Leaving Certificate Examination (including Day School Certificate (Higher) General paper), 1932
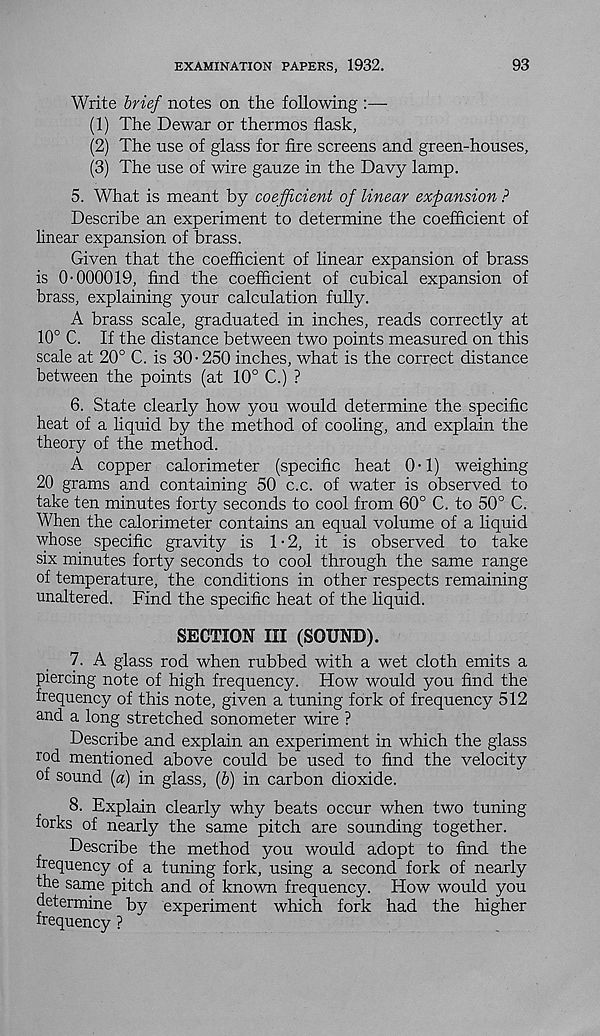
EXAMINATION PAPERS, 1932.
93
Write brief notes on the following :—
(1) The Dewar or thermos flask,
(2) The use of glass for fire screens and green-houses,
(3) The use of wire gauze in the Davy lamp.
5. What is meant by coefficient of linear expansion ?
Describe an experiment to determine the coefficient of
linear expansion of brass.
Given that the coefficient of linear expansion of brass
is 0-000019, find the coefficient of cubical expansion of
brass, explaining your calculation fully.
A brass scale, graduated in inches, reads correctly at
10° C. If the distance between two points measured on this
scale at 20° C. is 30-250 inches, what is the correct distance
between the points (at 10° C.) ?
6. State clearly how you would determine the specific
heat of a liquid by the method of cooling, and explain the
theory of the method.
A copper calorimeter (specific heat 0-1) weighing
20 grams and containing 50 c.c. of water is observed to
take ten minutes forty seconds to cool from 60° C. to 50° C.
When the calorimeter contains an equal volume of a liquid
whose specific gravity is 1-2, it is observed to take
six minutes forty seconds to cool through the same range
of temperature, the conditions in other respects remaining
unaltered. Find the specific heat of the liquid.
SECTION III (SOUND).
7. A glass rod when rubbed with a wet cloth emits a
piercing note of high frequency. How would you find the
frequency of this note, given a tuning fork of frequency 512
and a long stretched sonometer wire ?
Describe and explain an experiment in which the glass
rod mentioned above could be used to find the velocity
of sound (a) in glass, (6) in carbon dioxide.
8. Explain clearly why beats occur when two tuning
forks of nearly the same pitch are sounding together.
Describe the method you would adopt to find the
frequency of a tuning fork, using a second fork of nearly
the same pitch and of known frequency. How would you
determine by experiment which fork had the higher
frequency ? '